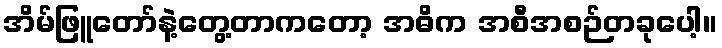
အိမ်ဖြူတော်နဲ့တွေ့တာကတော့ အဓိက အစီအစဉ်တခုပေါ့။